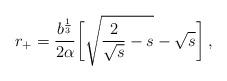
\begin{align*}r_+ = \frac{b^\frac13}{2\alpha} {\biggl [} \sqrt{\frac{2}{\sqrt{s}}-s}- \sqrt{s} {\biggr ]}\:, \end{align*}